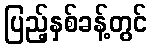
ပြည့်နှစ်ခန့်တွင်